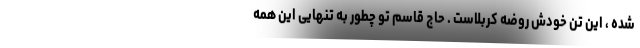
شده ، این تن خودش روضه کربلاست . حاج قاسم تو چطور به تنهایی این همه